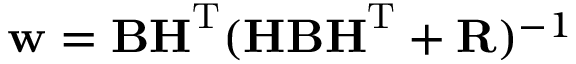
{ \bf w } = { \bf B H } ^ { \mathrm { T } } ( { \bf H B H } ^ { \mathrm { T } } + { \bf R } ) ^ { - 1 }